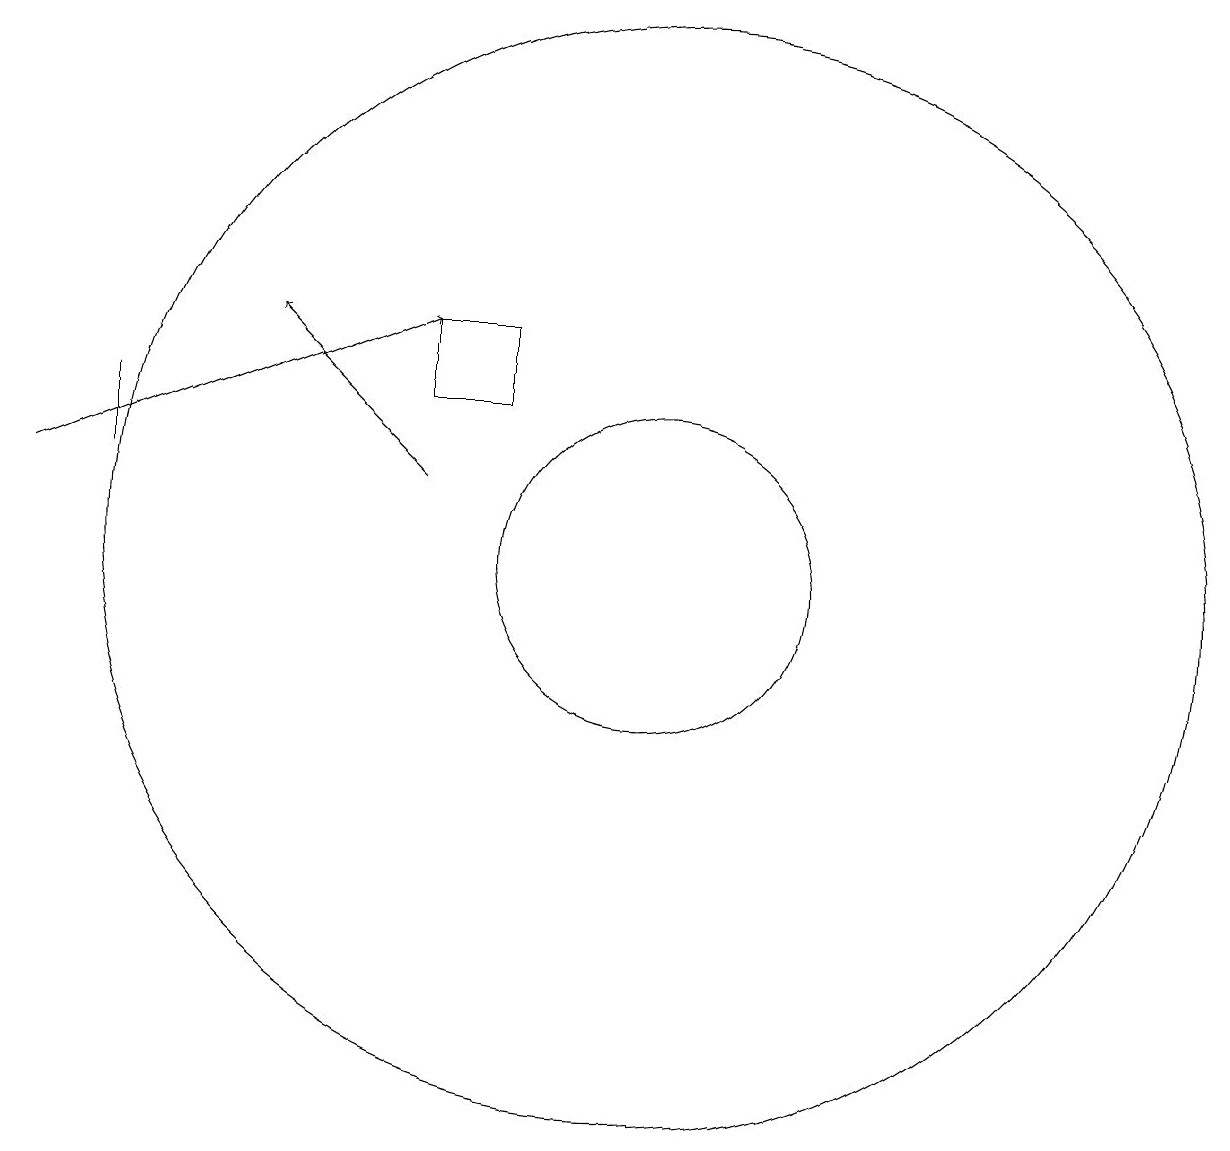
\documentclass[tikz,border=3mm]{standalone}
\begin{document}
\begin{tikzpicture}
\draw (8,14) rectangle (7,13);
\draw (10,11) circle (7);
\draw (3,12) rectangle (3,13);
\draw[->] (7,12) -- (5,14);
\draw (10,11) circle (2);
\draw (11,10) circle (0);
\draw[->] (2,12) -- (7,14);
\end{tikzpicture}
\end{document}